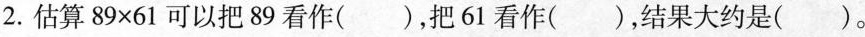
2.估算$$8 9 × 6 1$$可以把89看作( )，把61看作( )，结果大约是( )。